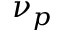
\nu _ { p }